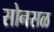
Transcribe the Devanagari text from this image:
सोनसळ